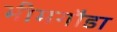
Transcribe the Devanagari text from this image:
भीमगौडा